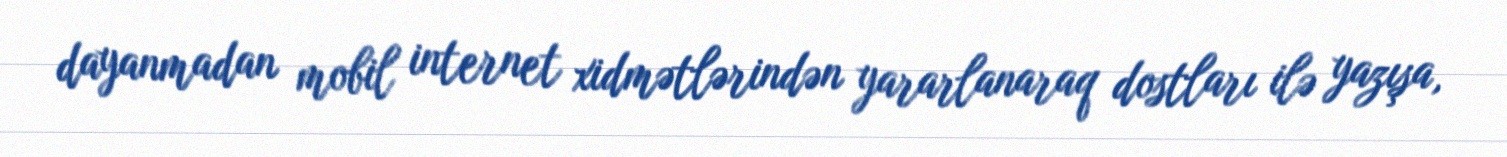
dayanmadan mobil internet xidmətlərindən yararlanaraq dostları ilə yazışa,